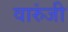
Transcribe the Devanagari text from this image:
वारुंजी